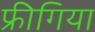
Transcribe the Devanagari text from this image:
फ्रीगिया